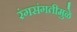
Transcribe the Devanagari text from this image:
रंगसंगतीमुळे